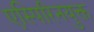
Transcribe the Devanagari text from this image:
एस्पिरिनयुक्त